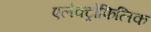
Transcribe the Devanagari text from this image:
एलेक्ट्रोफिलिक